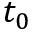
t _ { 0 }